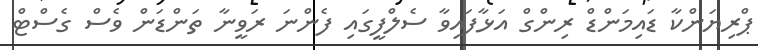
ޕްރިޔަންކާ ޑައިމަންޑް ރިންގް އަޅާފައިވާ ސެލްފީގައި ފެންނަ ރަވީނާ ތަންޑަން ވެސް ގެސްޓް